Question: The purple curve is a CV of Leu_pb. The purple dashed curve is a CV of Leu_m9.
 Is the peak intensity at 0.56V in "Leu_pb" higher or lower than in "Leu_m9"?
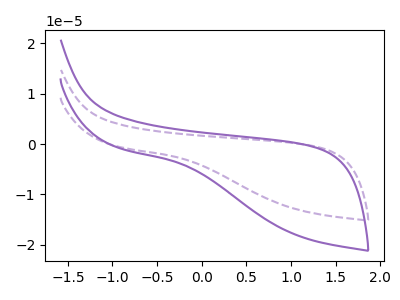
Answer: <think>The purple curve "Leu_pb" has no peaks. The purple dashed curve "Leu_m9" has no peaks.</think>
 <answer>"Leu_pb" and "Leu_m9" dont share a peak at 0.56V.</answer>
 <eval>mismatch</eval>